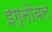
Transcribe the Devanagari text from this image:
इग्नोबल